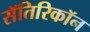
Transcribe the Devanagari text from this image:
सॅतिरिकॉन